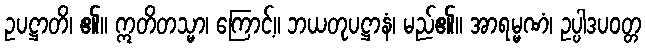
ဥပဋ္ဌာတိ၊ ၏။ ဣတိတသ္မာ၊ ကြောင့်။ ဘယတုပဋ္ဌာနံ၊ မည်၏။ အာရမ္မဏံ၊ ဥပ္ပါဒပဝတ္တ